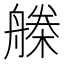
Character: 𣚗